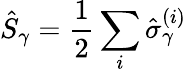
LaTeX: \hat{S}_{\gamma}=\frac{1}{2}\sum_{i}\hat{\sigma}_{\gamma}^{(i)}